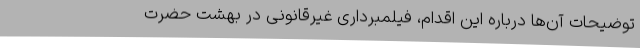
توضیحات آن‌ها درباره این اقدام، فیلمبرداری غیرقانونی در بهشت حضرت